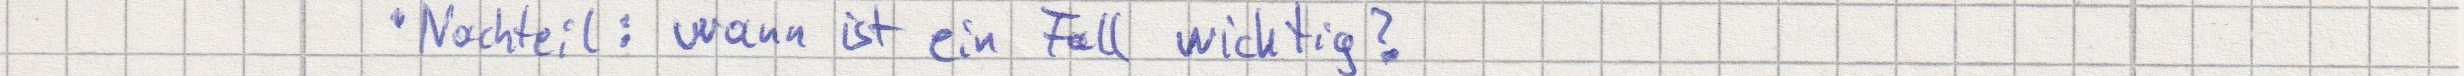
Nachteil: wann ist ein Fall wichtig?